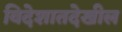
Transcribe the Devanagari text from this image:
विदेशातदेखील